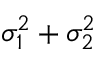
\sigma _ { 1 } ^ { 2 } + \sigma _ { 2 } ^ { 2 }